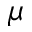
\mu